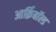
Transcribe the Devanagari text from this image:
आर्क़िबाॅल्ड